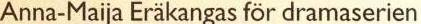
Anna-Maija Eräkangas för dramaserien